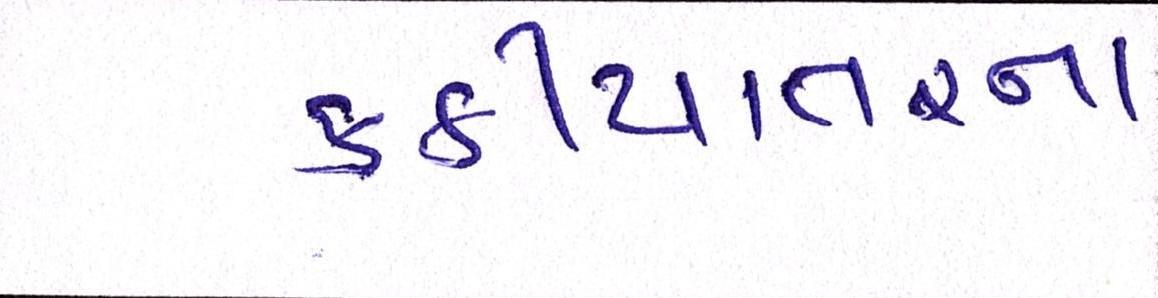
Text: કડીયાતરના